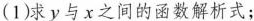
(1)求y与x之间的函数解析式；